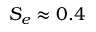
S _ { e } \approx 0 . 4